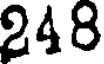
248